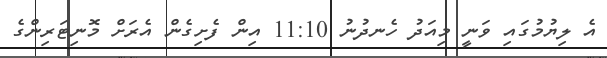
އެ ލިޔުމުގައި ވަނީ މިއަދު ހެނދުނު 11:10 އިން ފެށިގެން އެރަށް މޮނިޓަރިންގެ